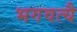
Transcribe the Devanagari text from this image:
भगवत्यै